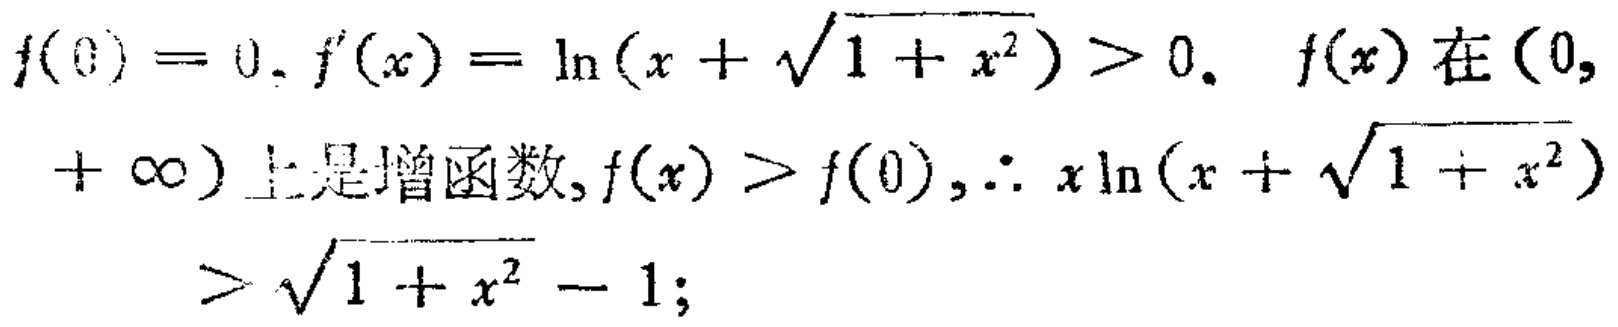
\(f(0)=0, f^{\prime}(x)=\ln(x + \sqrt{1 + x^{2}})>0, \ f(x)\text{ 在 }(0,+\infty)\text{ 上是增函数}, f(x)>f(0), \therefore x\ln(x + \sqrt{1 + x^{2}})>\sqrt{1 + x^{2}} - 1;\)